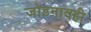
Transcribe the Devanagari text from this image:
जोडनावही